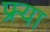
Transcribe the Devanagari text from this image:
फ्र्या